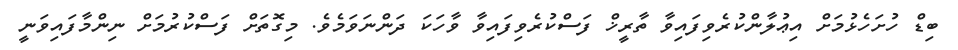
ބިޑް ހުށަހެޅުމަށް އިޢުލާންކުރެވިފައިވާ ތާރީޚް ފަސްކުރެވިފައިވާ ވާހަކަ ދަންނަވަމެވެ. މިގޮތަށް ފަސްކުރުމަށް ނިންމާފައިވަނީ